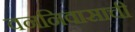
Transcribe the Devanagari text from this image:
वननिवासाची